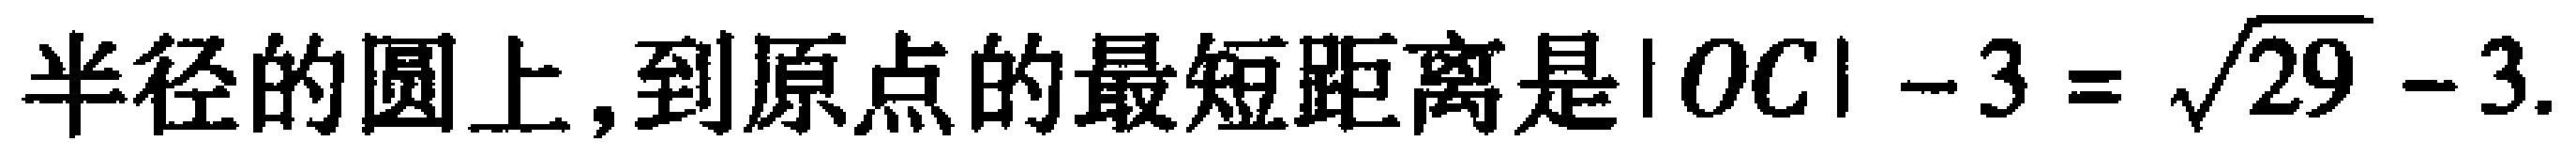
半径的圆上,到原点的最短距离是$|OC|-3=\sqrt{29}-3$.